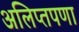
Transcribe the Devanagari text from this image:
अलिप्तपणा